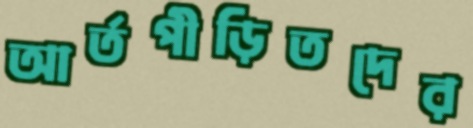
আর্তপীড়িতদের